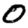
Digit: 0